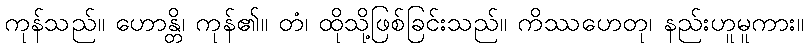
ကုန်သည်။ ဟောန္တိ၊ ကုန်၏။ တံ၊ ထိုသို့ဖြစ်ခြင်းသည်။ ကိဿဟေတု၊ နည်းဟူမူကား။